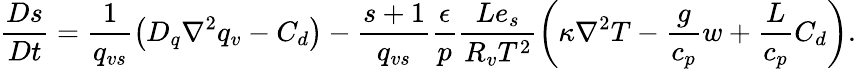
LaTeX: \frac{Ds}{Dt}=\frac{1}{q_{vs}}\left(D_{q}\nabla^{2}q_{v}-C_{d}\right)-\frac{s+1}{q_{vs}}\frac{\epsilon}{p}\frac{Le_{s}}{R_{v}T^{2}}\left(\kappa\nabla^{2}T-\frac{g}{c_{p}}w+\frac{L}{c_{p}}C_{d}\right).